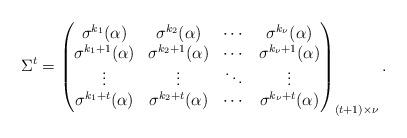
LaTeX: \begin{align*}\Sigma^t = \begin{pmatrix}\sigma^{k_1}(\alpha) & \sigma^{k_2}(\alpha) & \cdots & \sigma^{k_\nu}(\alpha) \\\sigma^{k_1+1}(\alpha) & \sigma^{k_2+1}(\alpha) & \cdots & \sigma^{k_\nu+1}(\alpha) \\\vdots & \vdots & \ddots & \vdots \\\sigma^{k_1+t}(\alpha) & \sigma^{k_2+t}(\alpha) & \cdots & \sigma^{k_\nu+t}(\alpha) \\\end{pmatrix}_{(t+1) \times \nu}.\end{align*}